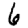
Digit: 6